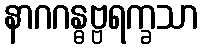
နာဂဂန္ဓဗ္ဗရက္ခသာ